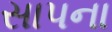
સાપના